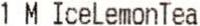
1 M ICELEMONTEA